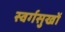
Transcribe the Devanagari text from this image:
स्वर्गसुखों